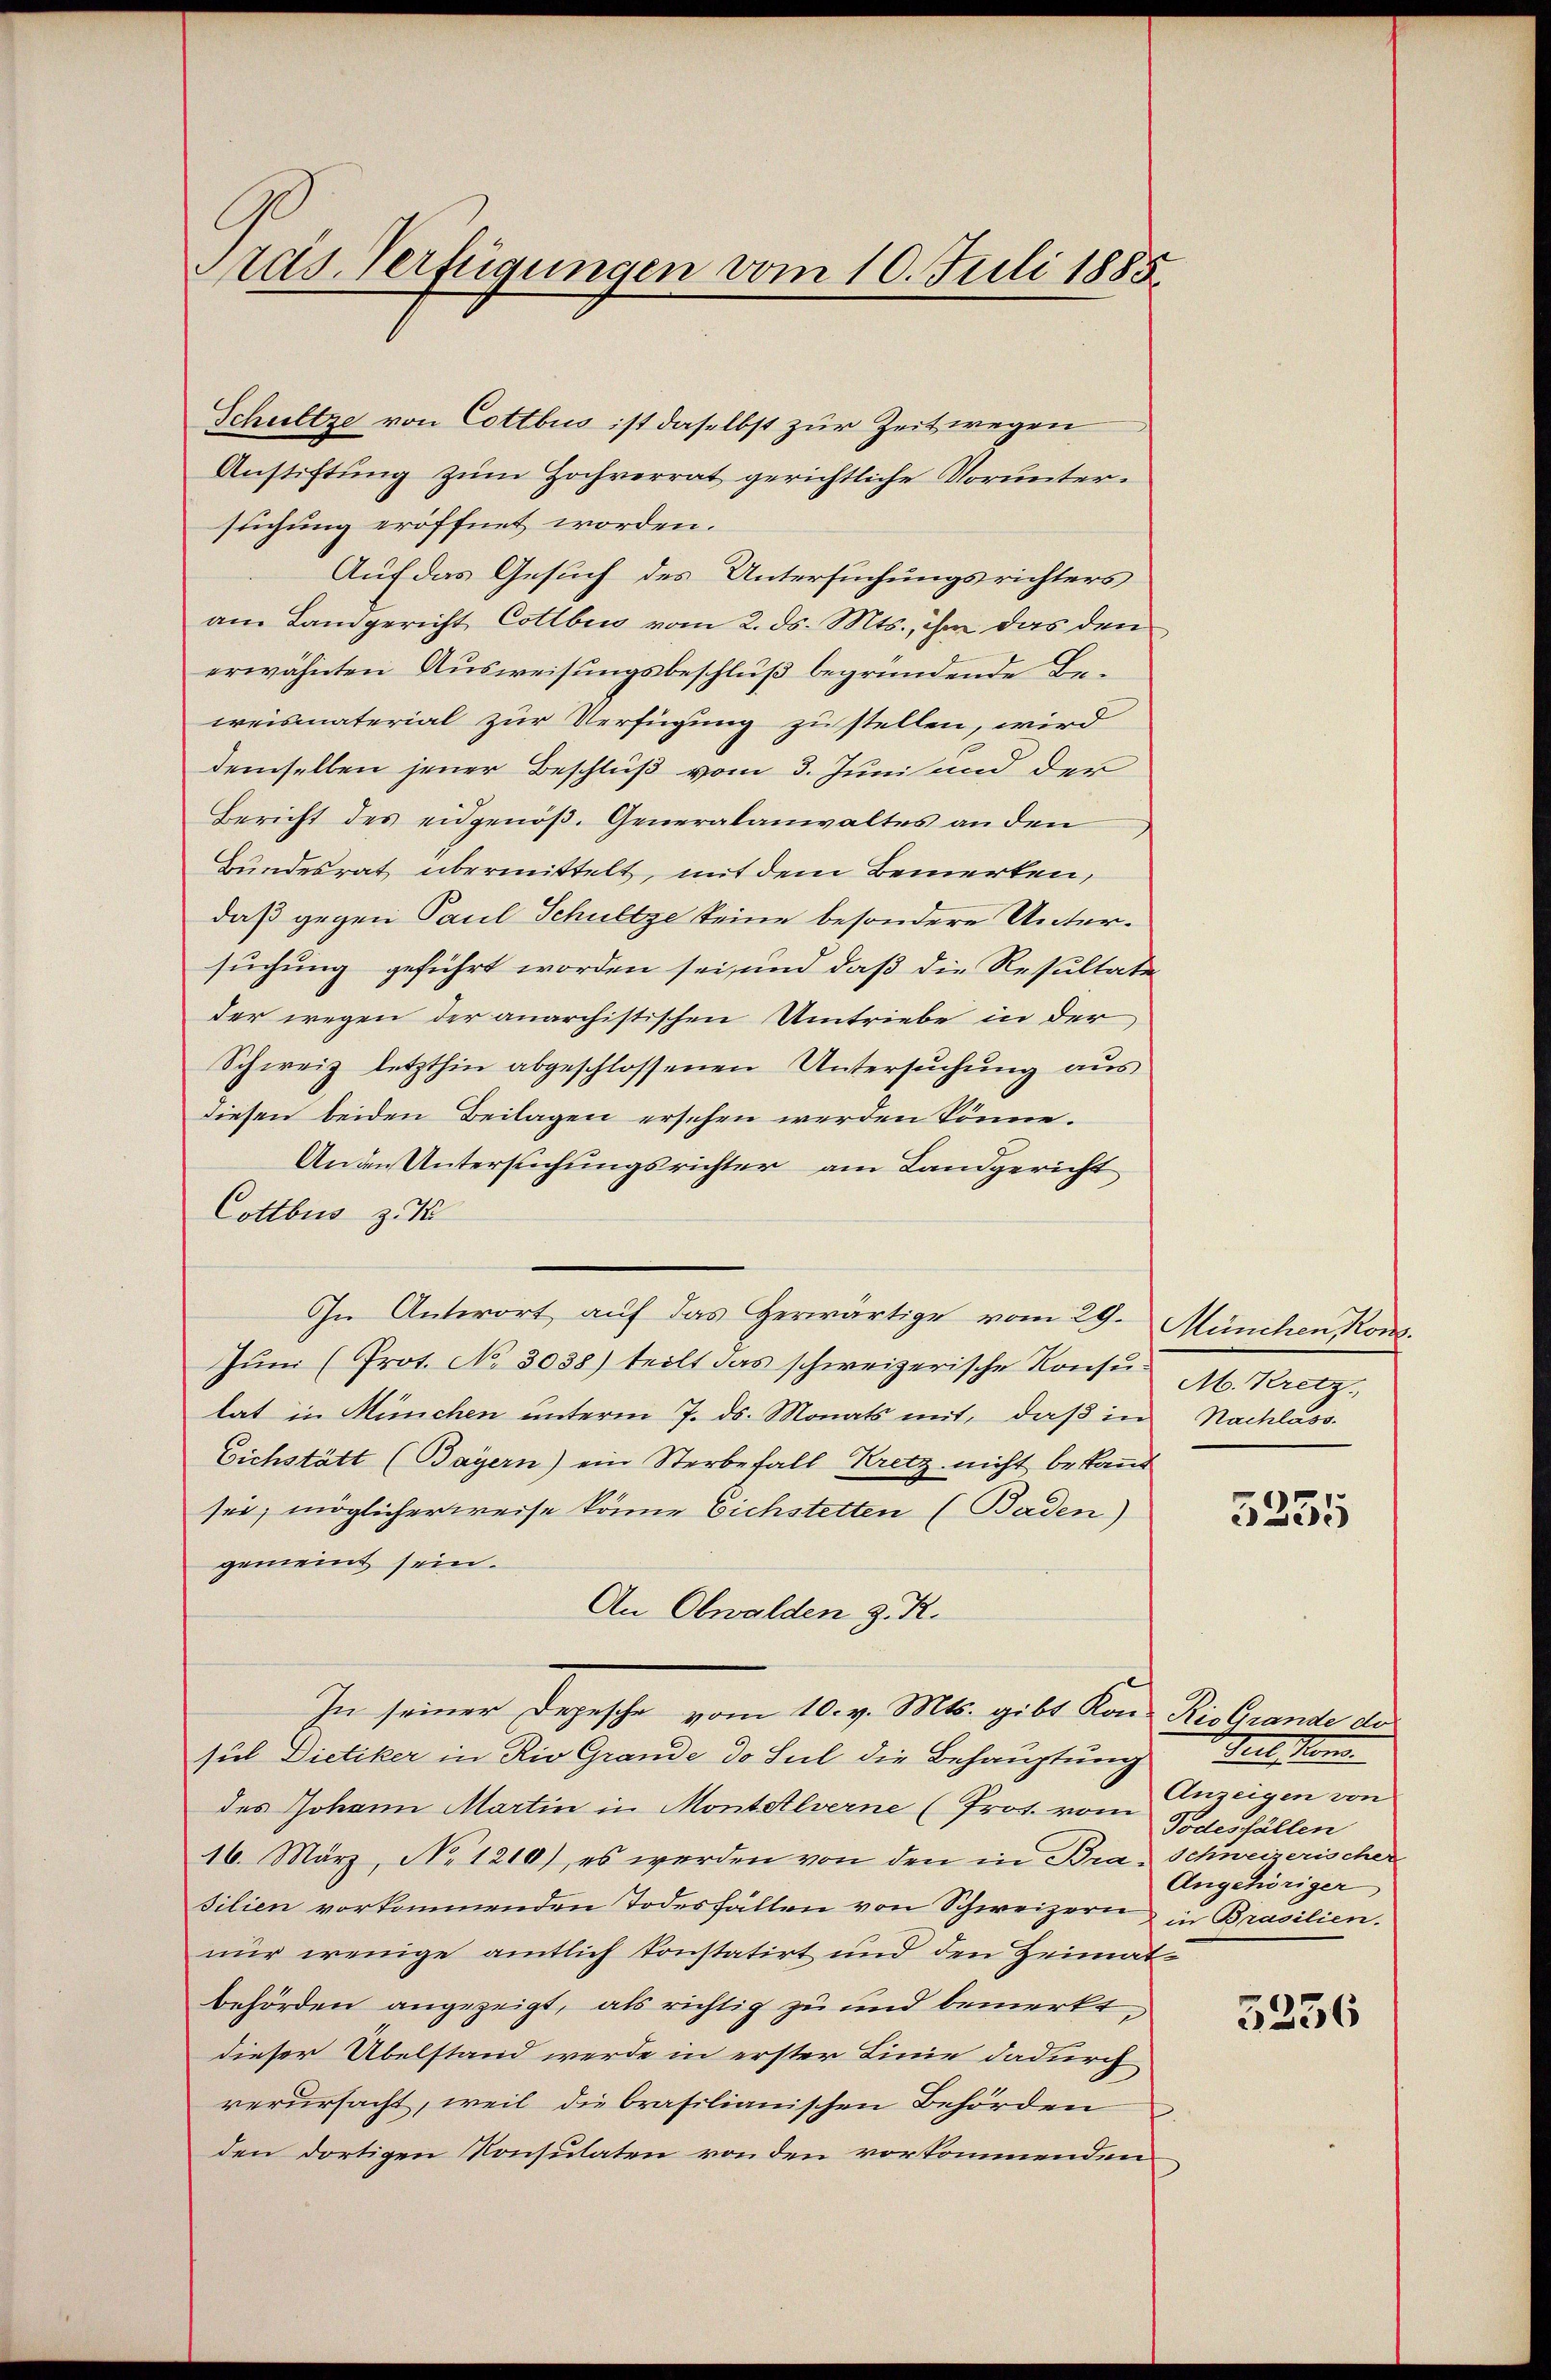
Pras. Verfügungen vom 10. Juli 1885.

Schultze von Cottbus ist daselbst zur Zeit wegen
Anstiftung zum Hochverrat gerichtliche Voruntersuchung eröffnet worden.
Auf das Gesuch des Untersuchungsrichters
am Landgericht Cottbew vom 2. ds. Mts., ihm das den
erwähnten Ausweisungsbeschluß begründende Beweismaterial zur Verfügung zu stellen, wird
demselben jener Beschluß vom 3. Juni und der
Bericht des eidgenöβ. Generalanwaltes an den
Bundesrat übermittelt, mit dem Bemerken,
daß gegen Paul Schultze keine besondere Untersuchung geführt worden sei, und daß die Resultate
der wegen der anarchistischen Umtriebe in der
Schweiz letzthin abgeschlossenen Untersŭchŭng aus
diesen beiden Beilagen ersehen werden könne.
Anden Untersuchungsrichter am Landgericht
Cottbus zu 12
In Antwort auf das Herwärtige vom 29. München Kons.
Jŭni (Prot. No. 3038) teilt das schweizerische Konsu-
lat in München unterm 7. ds. Monats mit, daß in Nachlass
Eichstätt (Bayern) ein Sterbefall Kretz nicht bestand
sei, möglicherweise könne Eichstetten (Baden)
gemeint sein.
An Obwalden z. R.
In seiner Depesche vom 10. v. Mts. gibt Kon Rio Grande der
sul Dietiker in Rio Grande de sul die Behauptung
des Johann Martin in Montalverne (Prot. vom
16. März, No 1210), es werden von den in Bra-Schweizerischer
silien vorkommenden Todesfällen von Schweizern in Brasilien.
nur wenige amtlich konstatirt und den Heimatbehörden angezeigt, als richtig zu und bemerkt,
dieser Übelstand werde in erster Linie dadurch
verursacht, weil die brasilianischen Behörden
den dortigen Konsulaten von den vorkommenden

Ab. Kretz.

3255

Teil sond
Anzeigen von
Todesfällen
Angehöriger

5256